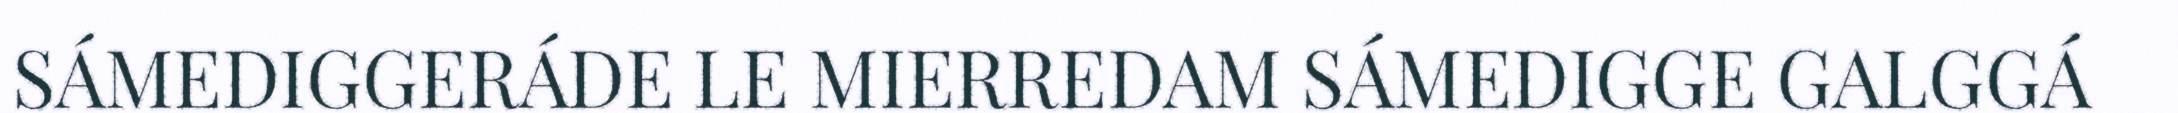
SÁMEDIGGERÁDE LE MIERREDAM SÁMEDIGGE GALGGÁ